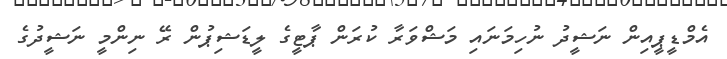
އެމްޑީޕީއިން ނަޝީދު ނުހިމަނައި މަޝްވަރާ ކުރަން ޕާޓީގެ ލީޑަޝިޕުން ރޭ ނިންމީ ނަޝީދުގެ